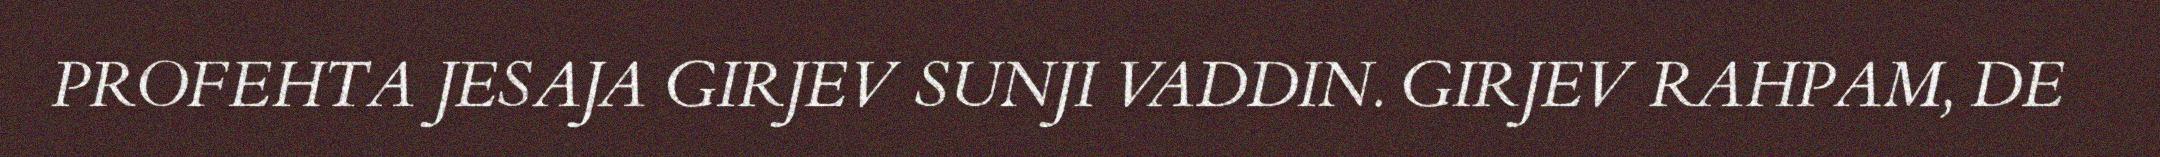
PROFEHTA JESAJA GIRJEV SUNJI VADDIN. GIRJEV RAHPAM, DE